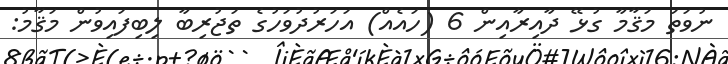
ނުވަތަ މަޤާމާ ގުޅޭ ދާއިރާއިން 6 (ހައެއް) އަހަރުދުވަހުގެ ތަޖުރިބާ ލިބިފައިވުން މަޤާމު: